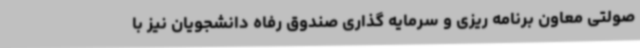
صولتی معاون برنامه ریزی و سرمایه گذاری صندوق رفاه دانشجویان نیز با